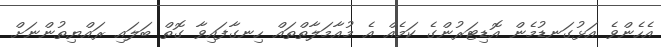
އެހެންވެ އަޅުގަނޑުމެން އޮޑިޓަރުންގެ ކަމެއް އެ މުއާމަލާތްތައް ހިނގާފައިވާ ގޮތް ބަލައި ރައްޔިތުންނަށް